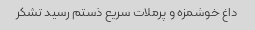
داغ خوشمزه و پرملات سریع ذستم رسید تشکر